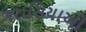
ગરાસિયાઓ